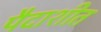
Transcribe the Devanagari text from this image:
पैदाशीत